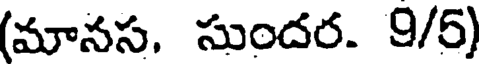
(మానస, సుందర. 9/5)